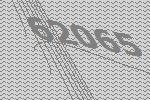
62065